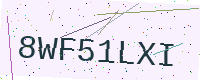
Text: 8WF51LXI